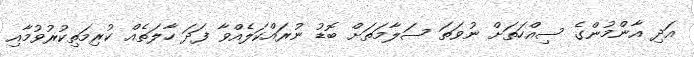
އަދި އާންމުންގެ ސިއްހަތަށް ނުވަތަ ސަލާމަތަށް ބޮޑު ނުރައްކަލެއްވާ ފަދަ ހާލަތެއް ކުރިމަތިކުރުވުމާއި